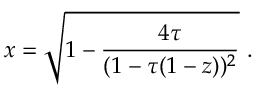
x = \sqrt { 1 - { \frac { 4 \tau } { ( 1 - \tau ( 1 - z ) ) ^ { 2 } } } } \ .